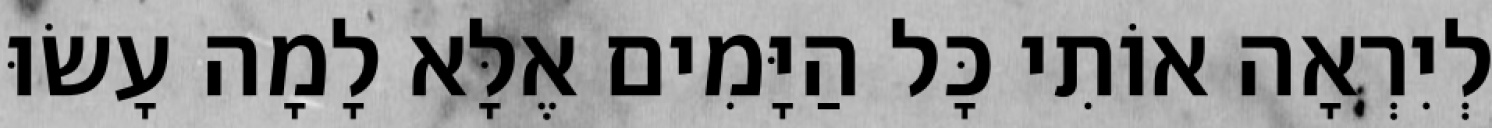
לְיִרְאָה אוֹתִי כָּל הַיָּמִים אֶלָּא לָמָה עָשׂוּ